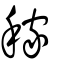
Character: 稼